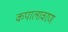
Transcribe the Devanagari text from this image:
कपालावरण